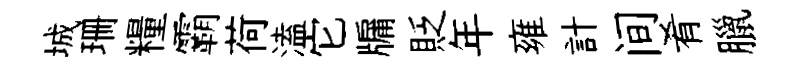
城珊糧霸荷溘它牖貶年雍計间肴臘